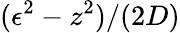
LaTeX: (\epsilon^{2}-z^{2})/(2D)